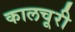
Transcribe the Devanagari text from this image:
कालचूरी